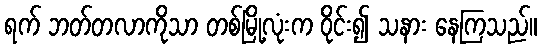
ရက် ဘတ်တလာကိုသာ တစ်မြို့လုံးက ဝိုင်း၍ သနား နေကြသည်။